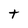
Character: t